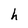
Character: h